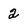
Character: 2